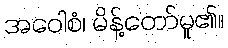
အဝေါစံ၊ မိန့်တော်မူ၏။